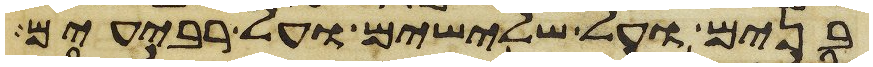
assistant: בנים על שלישים ועל רביעים